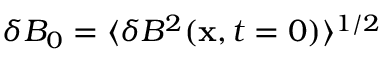
\delta B _ { 0 } = \langle \delta B ^ { 2 } ( { \bf x } , t = 0 ) \rangle ^ { 1 / 2 }